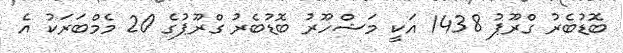
ބޮޑުބެރު ގްރޫޕު 1438 އަކީ މަޝްހޫރު ބޮޑުބެރު ގްރޫޕުގެ 20 މެމްބަރަކު އެ